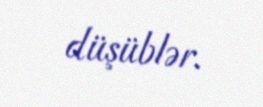
düşüblər.